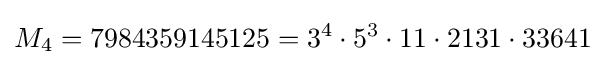
M_{4}=7984359145125=3^{4}\cdot 5^{3}\cdot 11\cdot 2131\cdot 33641